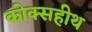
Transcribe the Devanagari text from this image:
कोक्सहीथ